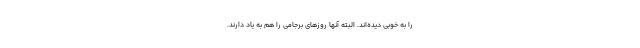
را به خوبی دیده‌اند. البته آنها روزهای برجامی را هم به یاد دارند.